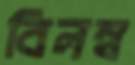
বিলম্ব